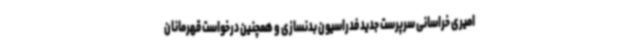
امیری خراسانی سرپرست جدید فدراسیون بدنسازی و همچنین درخواست قهرمانان